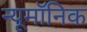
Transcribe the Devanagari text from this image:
न्यूमॉनिक